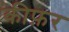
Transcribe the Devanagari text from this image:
कीफ़र